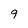
Character: 9